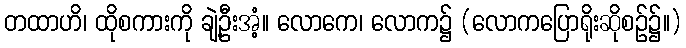
တထာဟိ၊ ထိုစကားကို ချဲ့ဦးအံ့။ လောကေ၊ လောက၌ (လောကပြောရိုးဆိုစဉ်၌။)